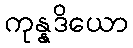
ကုန္နဒိယော